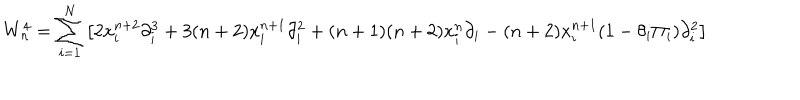
W _ { n } ^ { 4 } = \sum _ { i = 1 } ^ { N } \left[ 2 x _ { i } ^ { n + 2 } \partial _ { i } ^ { 3 } + 3 ( n + 2 ) x _ { i } ^ { n + 1 } \partial _ { i } ^ { 2 } + ( n + 1 ) ( n + 2 ) x _ { i } ^ { n } \partial _ { i } - ( n + 2 ) x _ { i } ^ { n + 1 } ( 1 - \theta _ { i } \Pi _ { i } ) \partial _ { i } ^ { 2 } \right]